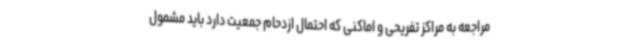
مراجعه به مراکز تفریحی و اماکنی که احتمال ازدحام جمعیت دارد باید مشمول